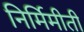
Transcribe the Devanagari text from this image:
निर्मिमीती